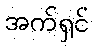
အက်ရှင်